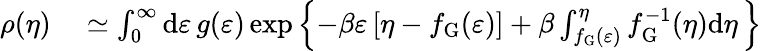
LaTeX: \begin{array}{rl}{\rho(\eta)}&{{}\simeq\int_{0}^{\infty}\mathrm{d}\varepsilon\, g(\varepsilon)\exp\left\lbrace-\beta\varepsilon\left[\eta-f_{\mathrm{G}}(\varepsilon)\right]+\beta\int_{f_{\mathrm{G}}(\varepsilon)}^{\eta}f_{\mathrm{G}}^{-1}(\eta)\mathrm{d}\eta\, \right\rbrace}\end{array}